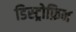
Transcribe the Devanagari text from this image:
डिस्ट्रोफ़िन